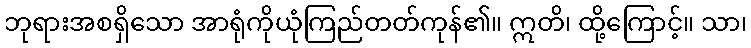
ဘုရားအစရှိသော အာရုံကိုယုံကြည်တတ်ကုန်၏။ ဣတိ၊ ထို့ကြောင့်။ သာ၊